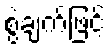
စွဲချက်ဖြင့်